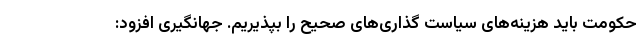
حکومت باید هزینه‌های سیاست گذاری‌های صحیح را بپذیریم. جهانگیری افزود: